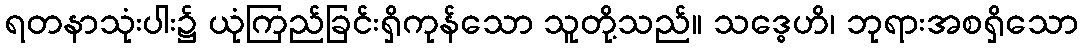
ရတနာသုံးပါး၌ ယုံကြည်ခြင်းရှိကုန်သော သူတို့သည်။ သဒ္ဓေဟိ၊ ဘုရားအစရှိသော